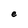
Character: e